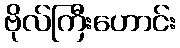
ဗိုလ်ကြီးဟောင်း